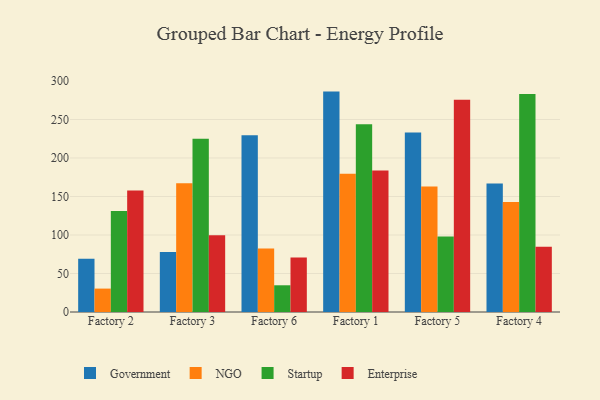
{"axis": {"x": "Factory", "y": "Population (Million)"}, "legend": ["Enterprise", "Government", "NGO", "Startup"], "data": [{"x": "Factory 2", "y": 69.1, "type": "Government"}, {"x": "Factory 2", "y": 30.4, "type": "NGO"}, {"x": "Factory 2", "y": 131.2, "type": "Startup"}, {"x": "Factory 2", "y": 157.8, "type": "Enterprise"}, {"x": "Factory 3", "y": 78.0, "type": "Government"}, {"x": "Factory 3", "y": 167.1, "type": "NGO"}, {"x": "Factory 3", "y": 225.1, "type": "Startup"}, {"x": "Factory 3", "y": 99.8, "type": "Enterprise"}, {"x": "Factory 6", "y": 229.6, "type": "Government"}, {"x": "Factory 6", "y": 82.4, "type": "NGO"}, {"x": "Factory 6", "y": 34.7, "type": "Startup"}, {"x": "Factory 6", "y": 70.9, "type": "Enterprise"}, {"x": "Factory 1", "y": 286.2, "type": "Government"}, {"x": "Factory 1", "y": 179.5, "type": "NGO"}, {"x": "Factory 1", "y": 243.9, "type": "Startup"}, {"x": "Factory 1", "y": 183.7, "type": "Enterprise"}, {"x": "Factory 5", "y": 233.0, "type": "Government"}, {"x": "Factory 5", "y": 163.0, "type": "NGO"}, {"x": "Factory 5", "y": 98.2, "type": "Startup"}, {"x": "Factory 5", "y": 275.7, "type": "Enterprise"}, {"x": "Factory 4", "y": 166.9, "type": "Government"}, {"x": "Factory 4", "y": 142.8, "type": "NGO"}, {"x": "Factory 4", "y": 283.2, "type": "Startup"}, {"x": "Factory 4", "y": 84.7, "type": "Enterprise"}]}